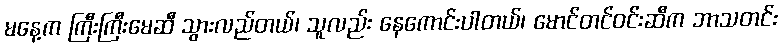
မနေ့က ကြီးကြီးမေဆီ သွားလည်တယ်၊ သူလည်း နေကောင်းပါတယ်၊ မောင်တင်ဝင်းဆီက ဘာသတင်း